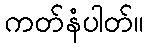
ကတ်နံပါတ်။